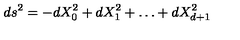
d s ^ { 2 } = - d X _ { 0 } ^ { 2 } + d X _ { 1 } ^ { 2 } + \ldots + d X _ { d + 1 } ^ { 2 }